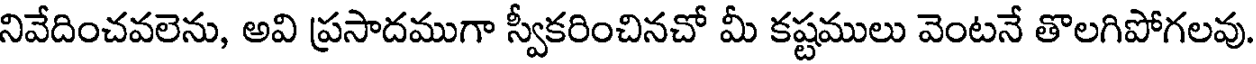
నివేదించవలెను, అవి ప్రసాదముగా స్వీకరించినచో మీ కష్టములు వెంటనే తొలగిపోగలవు